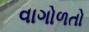
વાગોળતો